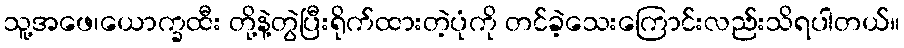
သူ့အဖေ၊ယောက္ခထီး တို့နဲ့တွဲပြီးရိုက်ထားတဲ့ပုံကို တင်ခဲ့သေးကြောင်းလည်းသိရပါတယ်။